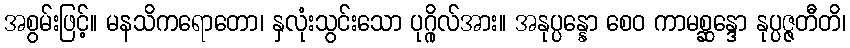
အစွမ်းဖြင့်။ မနသိကရောတော၊ နှလုံးသွင်းသော ပုဂ္ဂိုလ်အား။ အနုပ္ပန္နော စေဝ ကာမစ္ဆန္ဒော နုပ္ပဇ္ဇတီတိ၊